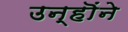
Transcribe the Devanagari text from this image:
उन्हॊंने